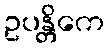
ဥပန္တိကေ